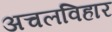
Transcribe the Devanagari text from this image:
अचलविहार